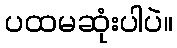
ပထမဆုံးပါပဲ။